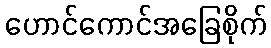
ဟောင်ကောင်အခြေစိုက်